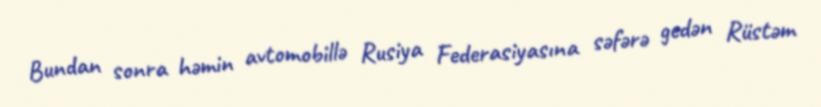
Bundan sonra həmin avtomobillə Rusiya Federasiyasına səfərə gedən Rüstəm